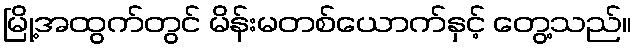
မြို့အထွက်တွင် မိန်းမတစ်ယောက်နှင့် တွေ့သည်။